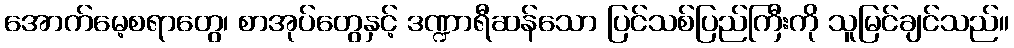
အောက်မေ့စရာတွေ၊ စာအုပ်တွေနှင့် ဒဏ္ဍာရီဆန်သော ပြင်သစ်ပြည်ကြီးကို သူမြင်ချင်သည်။